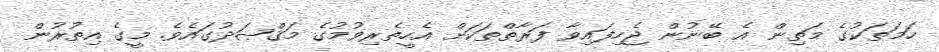
ހަމަތަކުގެ މަތިން އެ ބޭނުން ޖެހިފައިވާ ފަރާތްތަކަށް އެހީތެރިވުމުގެ މަޤްޞަދުގައެވެ. މީގެ އިތުރުން